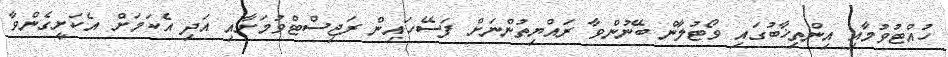
ހުއްޓުވުމާއި އިންތިޚާބުގައި ވޯޓުލާން ބޭނުންވާ ރައްޔިތުންނަށް ފަސޭހައިން ރަޖިސްޓްވުމަށާއި އަދި އެކަމަށް އެކަށީގެންވާ